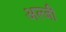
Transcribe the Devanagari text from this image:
अल्जी